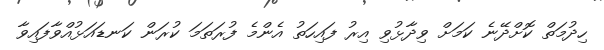
ހިދުމަތް ކޮށްދޭނެ ކަމަށް ވިދާޅުވި އިރު ފައިހަތު އެންމެ ފުރަތަމަ ކުރަން ކަނޑައަޅުއްވާފައިވާ